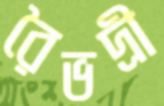
রৈভদ্রী